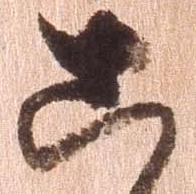
こ